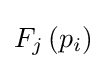
F_{j}\,(p_{i})